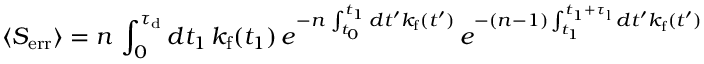
\langle S _ { \mathrm { e r r } } \rangle = n \, \int _ { 0 } ^ { \tau _ { \mathrm { d } } } d t _ { 1 } \, k _ { \mathrm { f } } ( t _ { 1 } ) \, e ^ { - n \, \int _ { t _ { 0 } } ^ { t _ { 1 } } d t ^ { \prime } k _ { \mathrm { f } } ( t ^ { \prime } ) } \, e ^ { - ( n - 1 ) \int _ { t _ { 1 } } ^ { t _ { 1 } + \tau _ { \mathrm { l } } } d t ^ { \prime } k _ { \mathrm { f } } ( t ^ { \prime } ) }